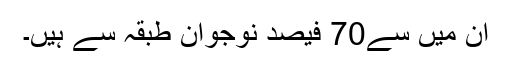
ان میں سے70 فیصد نوجوان طبقہ سے ہیں۔